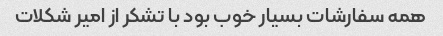
همه سفارشات بسیار خوب بود با تشکر از امیر شکلات